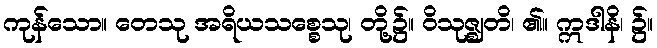
ကုန်သော။ တေသု အရိယသစ္စေသု၊ တို့၌။ ဝိသုဇ္ဈတိ၊ ၏။ ဣဒါနိ၊ ၌။